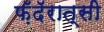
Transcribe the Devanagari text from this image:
फ़ॅदॅरात्सी